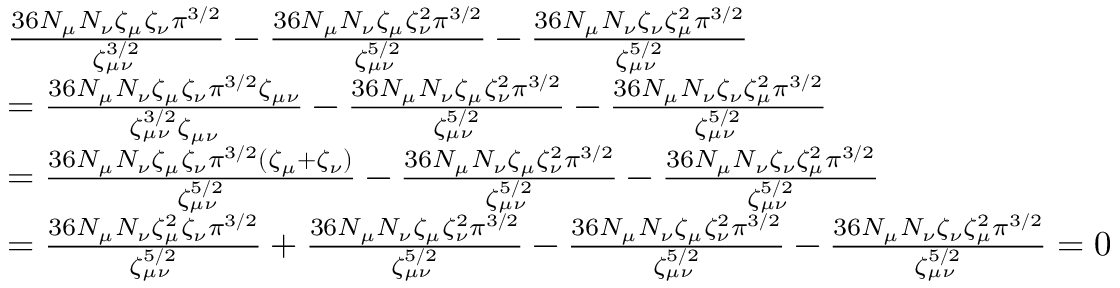
\begin{array} { r l } & { \frac { 3 6 N _ { \mu } N _ { \nu } \zeta _ { \mu } \zeta _ { \nu } \pi ^ { 3 / 2 } } { \zeta _ { \mu \nu } ^ { 3 / 2 } } - \frac { 3 6 N _ { \mu } N _ { \nu } \zeta _ { \mu } \zeta _ { \nu } ^ { 2 } \pi ^ { 3 / 2 } } { \zeta _ { \mu \nu } ^ { 5 / 2 } } - \frac { 3 6 N _ { \mu } N _ { \nu } \zeta _ { \nu } \zeta _ { \mu } ^ { 2 } \pi ^ { 3 / 2 } } { \zeta _ { \mu \nu } ^ { 5 / 2 } } } \\ & { = \frac { 3 6 N _ { \mu } N _ { \nu } \zeta _ { \mu } \zeta _ { \nu } \pi ^ { 3 / 2 } \zeta _ { \mu \nu } } { \zeta _ { \mu \nu } ^ { 3 / 2 } \zeta _ { \mu \nu } } - \frac { 3 6 N _ { \mu } N _ { \nu } \zeta _ { \mu } \zeta _ { \nu } ^ { 2 } \pi ^ { 3 / 2 } } { \zeta _ { \mu \nu } ^ { 5 / 2 } } - \frac { 3 6 N _ { \mu } N _ { \nu } \zeta _ { \nu } \zeta _ { \mu } ^ { 2 } \pi ^ { 3 / 2 } } { \zeta _ { \mu \nu } ^ { 5 / 2 } } } \\ & { = \frac { 3 6 N _ { \mu } N _ { \nu } \zeta _ { \mu } \zeta _ { \nu } \pi ^ { 3 / 2 } ( \zeta _ { \mu } + \zeta _ { \nu } ) } { \zeta _ { \mu \nu } ^ { 5 / 2 } } - \frac { 3 6 N _ { \mu } N _ { \nu } \zeta _ { \mu } \zeta _ { \nu } ^ { 2 } \pi ^ { 3 / 2 } } { \zeta _ { \mu \nu } ^ { 5 / 2 } } - \frac { 3 6 N _ { \mu } N _ { \nu } \zeta _ { \nu } \zeta _ { \mu } ^ { 2 } \pi ^ { 3 / 2 } } { \zeta _ { \mu \nu } ^ { 5 / 2 } } } \\ & { = \frac { 3 6 N _ { \mu } N _ { \nu } \zeta _ { \mu } ^ { 2 } \zeta _ { \nu } \pi ^ { 3 / 2 } } { \zeta _ { \mu \nu } ^ { 5 / 2 } } + \frac { 3 6 N _ { \mu } N _ { \nu } \zeta _ { \mu } \zeta _ { \nu } ^ { 2 } \pi ^ { 3 / 2 } } { \zeta _ { \mu \nu } ^ { 5 / 2 } } - \frac { 3 6 N _ { \mu } N _ { \nu } \zeta _ { \mu } \zeta _ { \nu } ^ { 2 } \pi ^ { 3 / 2 } } { \zeta _ { \mu \nu } ^ { 5 / 2 } } - \frac { 3 6 N _ { \mu } N _ { \nu } \zeta _ { \nu } \zeta _ { \mu } ^ { 2 } \pi ^ { 3 / 2 } } { \zeta _ { \mu \nu } ^ { 5 / 2 } } = 0 } \end{array}